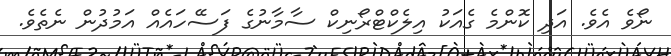
ނޯވެ އެވެ. އަދި ކޮންމެ ގެއަކު އިލެކްޓްރޯނިކް ސާމާނުގެ ފަސޭހައެއް އަމުދުން ނެތެވެ.